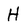
Character: H